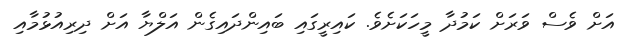
އަށް ވެސް ވަރަށް ކަމުދާ މީހަކަށެވެ. ކައިރީގައި ބައިންދައިގެން އަލްޔާ އަށް ދިރިއުޅުމާއި